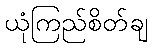
ယုံကြည်စိတ်ချ